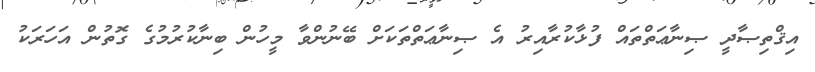
އިޤްތިޞާދީ ޞިނާޢަތްތައް ފުޅާކުރާއިރު އެ ޞިނާޢަތްތަކަށް ބޭނުންވާ މީހުން ބިނާކުރުމުގެ ގޮތުން އަހަރަކު